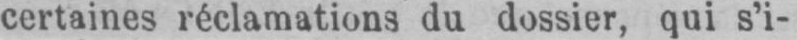
certaines réclamations du dossier, qui s’i-